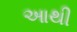
આથી